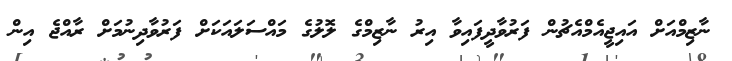
ނާޒިމްއަށް އައިޖީއެމްއެޗުން ފަރުވާދީފައިވާ އިރު ނާޒިމްގެ ލޮލުގެ މައްސަލައަކަށް ފަރުވާދިނުމަށް ރާއްޖެ އިން